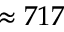
\approx 7 1 7